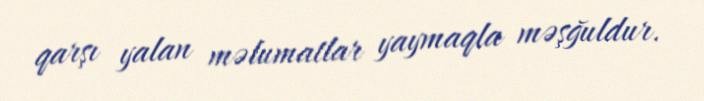
qarşı yalan məlumatlar yaymaqla məşğuldur.